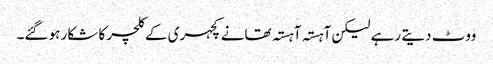
ووٹ دیتے رہے لیکن آہستہ آہستہ تھانے کچہری کے کلچر کا شکار ہو گئے۔